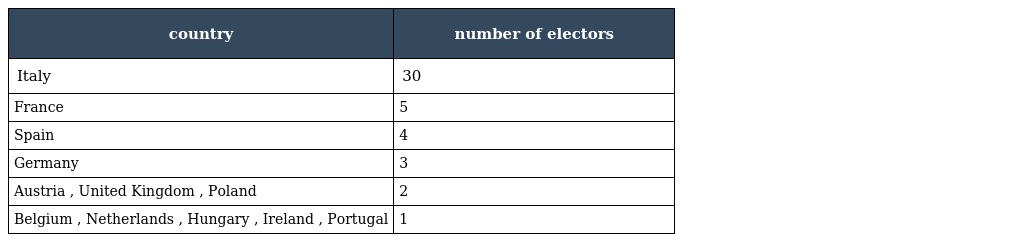
| country | number of electors |
 | --- | --- |
 | Italy | 30 |
 | France | 5 |
 | Spain | 4 |
 | Germany | 3 |
 | Austria , United Kingdom , Poland | 2 |
 | Belgium , Netherlands , Hungary , Ireland , Portugal | 1 |